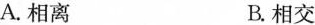
A.相离 B.相交